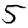
Digit: 5